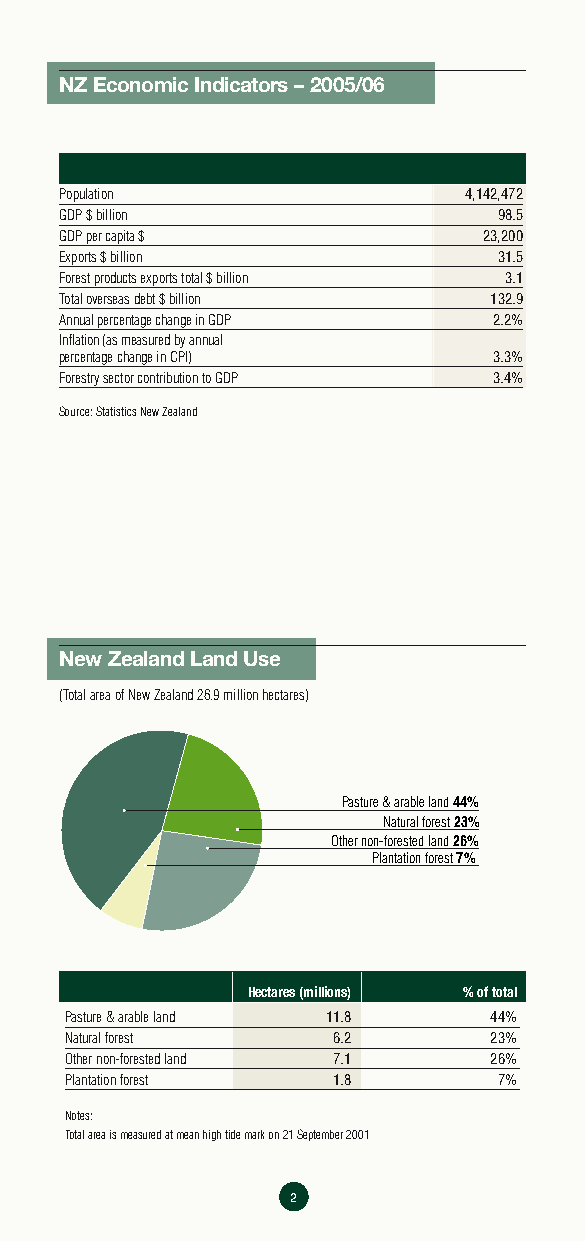
NZ Economic Indicators – 2005/06
 Population                 4,142,472
 GDP $ billion                98.5
 GDP per capita $            23,200
 Exports $ billion            31.5
 Forest products exports total $ billion 3.1
 Total overseas debt $ billion 132.9
 Annual percentage change in GDP 2.2%
 Inflation (as measured by annual
 percentage change in CPI)    3.3%
 Forestry sector contribution to GDP 3.4%
 Source: Statistics New Zealand
 New Zealand Land Use
 (Total area of New Zealand 26.9 million hectares)
 Pasture & arable land 44%
 Natural forest23%
 Other non-forested land26%
 Plantation forest7%
 Hectares (millions) % of total
 Pasture & arable land 11.8  44%
 Natural forest    6.2       23%
 Other non-forested land 7.1 26%
 Plantation forest 1.8        7%
 Notes:
 Total area is measured at mean high tide mark on 21 September 2001
 22